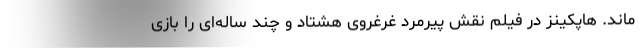
ماند. هاپکینز در فیلم نقش پیرمرد غرغروی هشتاد و چند ساله‌ای را بازی